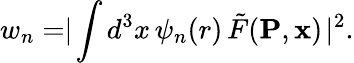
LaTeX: w_{n}=\mid\! \int d^{3}x\, \psi_{n}(r)\, \tilde{F}({\mathbf P},{\mathbf x})\! \mid^{2}.